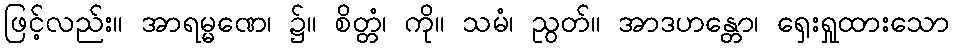
ဖြင့်လည်း။ အာရမ္မဏေ၊ ၌။ စိတ္တံ၊ ကို။ သမံ၊ ညွတ်။ အာဒဟန္တော၊ ရှေးရှုထားသော